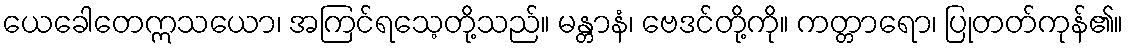
ယေခေါတေဣသယော၊ အကြင်ရသေ့တို့သည်။ မန္တာနံ၊ ဗေဒင်တို့ကို။ ကတ္တာရော၊ ပြုတတ်ကုန်၏။